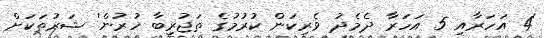
'4 އަހަރާއި 5 އަހަރާ ދެމެދު ވެރިކަން ކުރުމުގެ ތަޖުރިބާ ހުރުން' ޝަރުތަކަށް